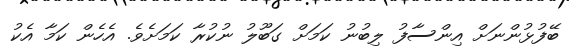
ބޭފުޅުންނަށް އިންސާފު ލިބުނު ކަމަށް ގަބޫލު ނުކުރާ ކަމަށެވެ. އެހެން ކަމާ އެކު